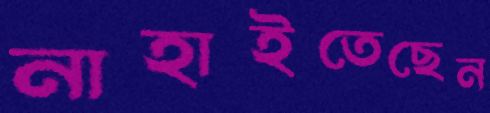
নাহাইতেছেন